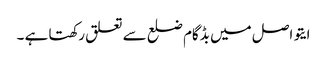
ایتو اصل میں بڈگام ضلع سے تعلق رکھتا ہے ۔